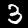
Digit: 3